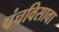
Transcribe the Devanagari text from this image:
पंचविसावा